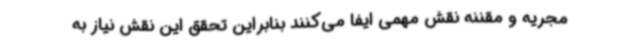
مجریه و مقننه نقش مهمی ایفا می‌کنند بنابراین تحقق این نقش نیاز به